Cholera in India, 1862 to 1881
Year: 1862
Disease focus: Cholera
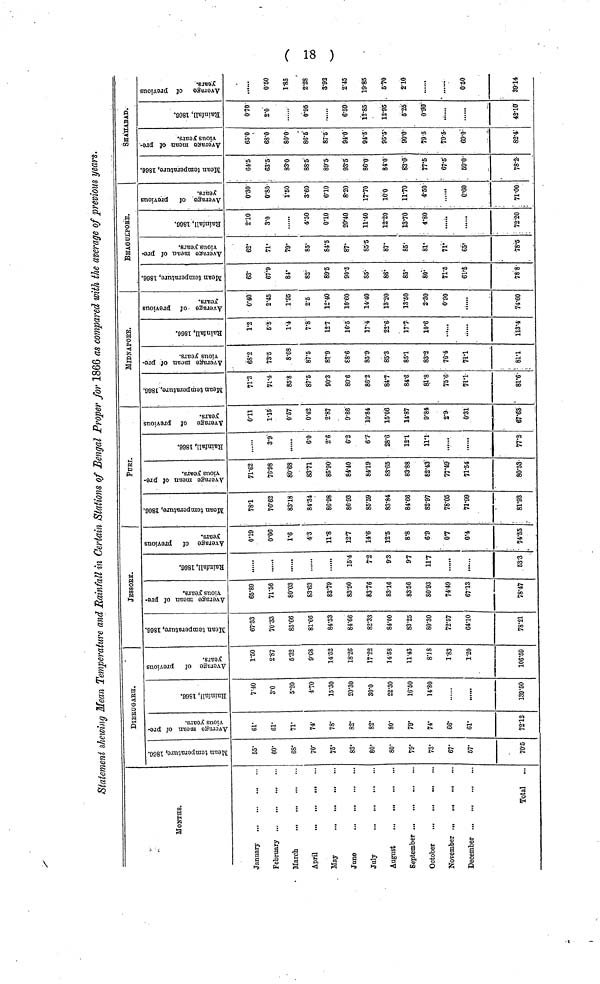
18
Statement shewing Mean Temperature and Rainfall in Certain Stations of Bengal Proper for 1866 as compared with the average of previous years.
MONthS.
January
..,
,..
February
March
...
...
May
...
June
July
December
Total
...
DIBRUGARH.
Mean temperature, 1866.
55.
60·
68.
70·
75.
83·
80.
80·
79·
73·
67.
67.
70.5
Average mean of
previous years.
61.
61·
71·
74·
78.
82.
82
80.
79.
74·
66.
61.
72.12
Rainfall,1866.
7.40
3.0
5.20
4.70
15.30
20.30
30.0
22.30
16.50
14.80
139.50
Average of previous
years.
1.50
2.87
5.32
9.68
14.52
18.26
17.22
14.58
11.43
8.18
1.83
1.20
106.59
JESSORE.
Mean temperature,1866.
67.33
70.33
83.66
81.66
84.33
84.66
82.33
84.00
83.25
80.30
72.57
64.10
78.21
previous years.
65.89
71.56
80.03
83.63
83.79
83.90
83.76
83.16
83.56
80.93
74.49
67.13
78.47
Rainfall,1866.
,
16·4
7.2
9.3
9.7
117
63.3
0.19
0.06
1.6
4.3
11.8
12.7
14.6
12.5
8.8
6.9
07
0·4
74.55
ΡURI.
Mean temperature,1866.
78.1
76.62
83.18
84.34
86.98
86.93
85.59
83.84
84.66
82.97
78.05
71.99
81.93
71.62
76.98
80.68
83.71
85.90
84.40
84.19
83.65
83.88
82.43
77.49
71.54
80.53
......
3.9
6.0
2.6
6.2
6.7
28.6
12.1
11.1
77.2
0.11
1.15
0.57
0.42
2.87
9.86
10.84
15.06
14.87
9.84
2.9
0.31
67.63
MIDNAPORE.
Mean temperature,1866.
71.3
71.4
85.8
87.5
90.3
89.6
86.2
84.7
84.6
81.8
75.6
71.1
81.6
previous years.
68.2
73.5
8.08
87.5
87.9
88.6
85.9
85.3
85.1
83.2
76.4
71.1
81.1
Rainfall,1866.
1.2
5.5
1.4
7.8
12.7
16.5
17.4
22.6
17.7
10.6
......
113.4
0.40
2.45
1.95
2.5
12.40
10.60
14.40
13.20
13.60
2.30
0.90
74.60
BHAGULPORE.
63.
67.9
84
82.
89.5
90.5
85.
86.
85.
80.
71.5
61.5
78.8
62.
71·
79·
85 .
84.5
87.
85.5
87.
85·
81.
71.
65
78·5
2 .10
3 .0
4. 50
0. 10
20 .40
11 .40
12.20
13·70
4. 80
72.20
0.30
0·80
1.50
3.60
6.10
8.20
17.70
16.0
11.70
4.50
0.60
71.00
SHAHABAD.
Mean temperature,1866
64.5
63.5
83.0
88.5
89.5
93.5
86.0
84.0
83.0
77.5
67.5
59.0
78·2·
65.0
68.0
80.0
86.5
87.5
94.0
94.5
95.5
90.0
79.5
79·5
69.0
82.4
0.70
2.0
0.95
6.50
12.85
12.95
6.25
0.90
42.10
. . . . . .
0.50
1.85
2.28
3.92
2.45
19.85
5.70
2.10
0.50
39.14